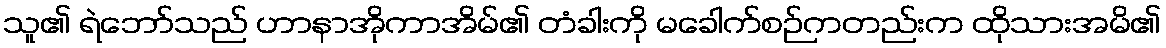
သူ၏ ရဲဘော်သည် ဟာနာအိုကာအိမ်၏ တံခါးကို မခေါက်စဉ်ကတည်းက ထိုသားအမိ၏